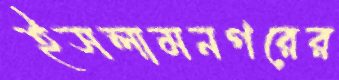
ইসলামনগরের